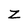
Character: Z